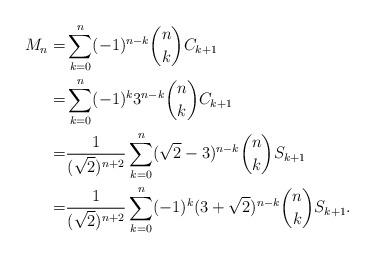
LaTeX: \begin{align*}M_{n}=&\sum_{k=0}^n(-1)^{n-k}\binom{n}{k}C_{k+1}\\=&\sum_{k=0}^n(-1)^k3^{n-k}\binom{n}{k}C_{k+1}\\=&\frac1{(\sqrt{2})^{n+2}}\sum_{k=0}^n(\sqrt{2}-3)^{n-k}\binom{n}{k}S_{k+1}\\=&\frac1{(\sqrt{2})^{n+2}}\sum_{k=0}^n(-1)^k(3+\sqrt{2})^{n-k}\binom{n}{k}S_{k+1}.\end{align*}